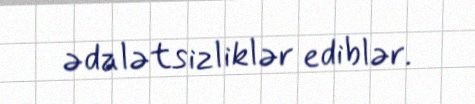
ədalətsizliklər ediblər.